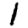
Digit: 1